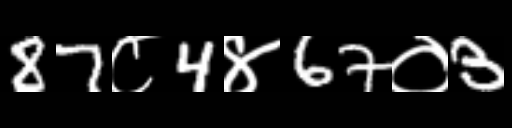
Text: 87८4४67०3